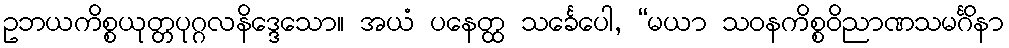
ဥဘယကိစ္စယုတ္တပုဂ္ဂလနိဒ္ဒေသော။ အယံ ပနေတ္ထ သင်္ခေပေါ, “မယာ သဝနကိစ္စဝိညာဏသမင်္ဂိနာ